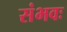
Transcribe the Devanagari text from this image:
संभवः